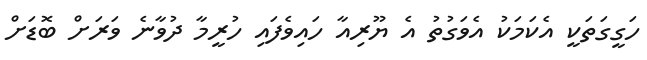
ހަގީގަތަކީ އެކަމަކު އެވަގުތު އެ ޔޫރިއާ ހައިވެފައި ހުރީމާ ދުވާނެ ވަރަށް ބޮޑަށް